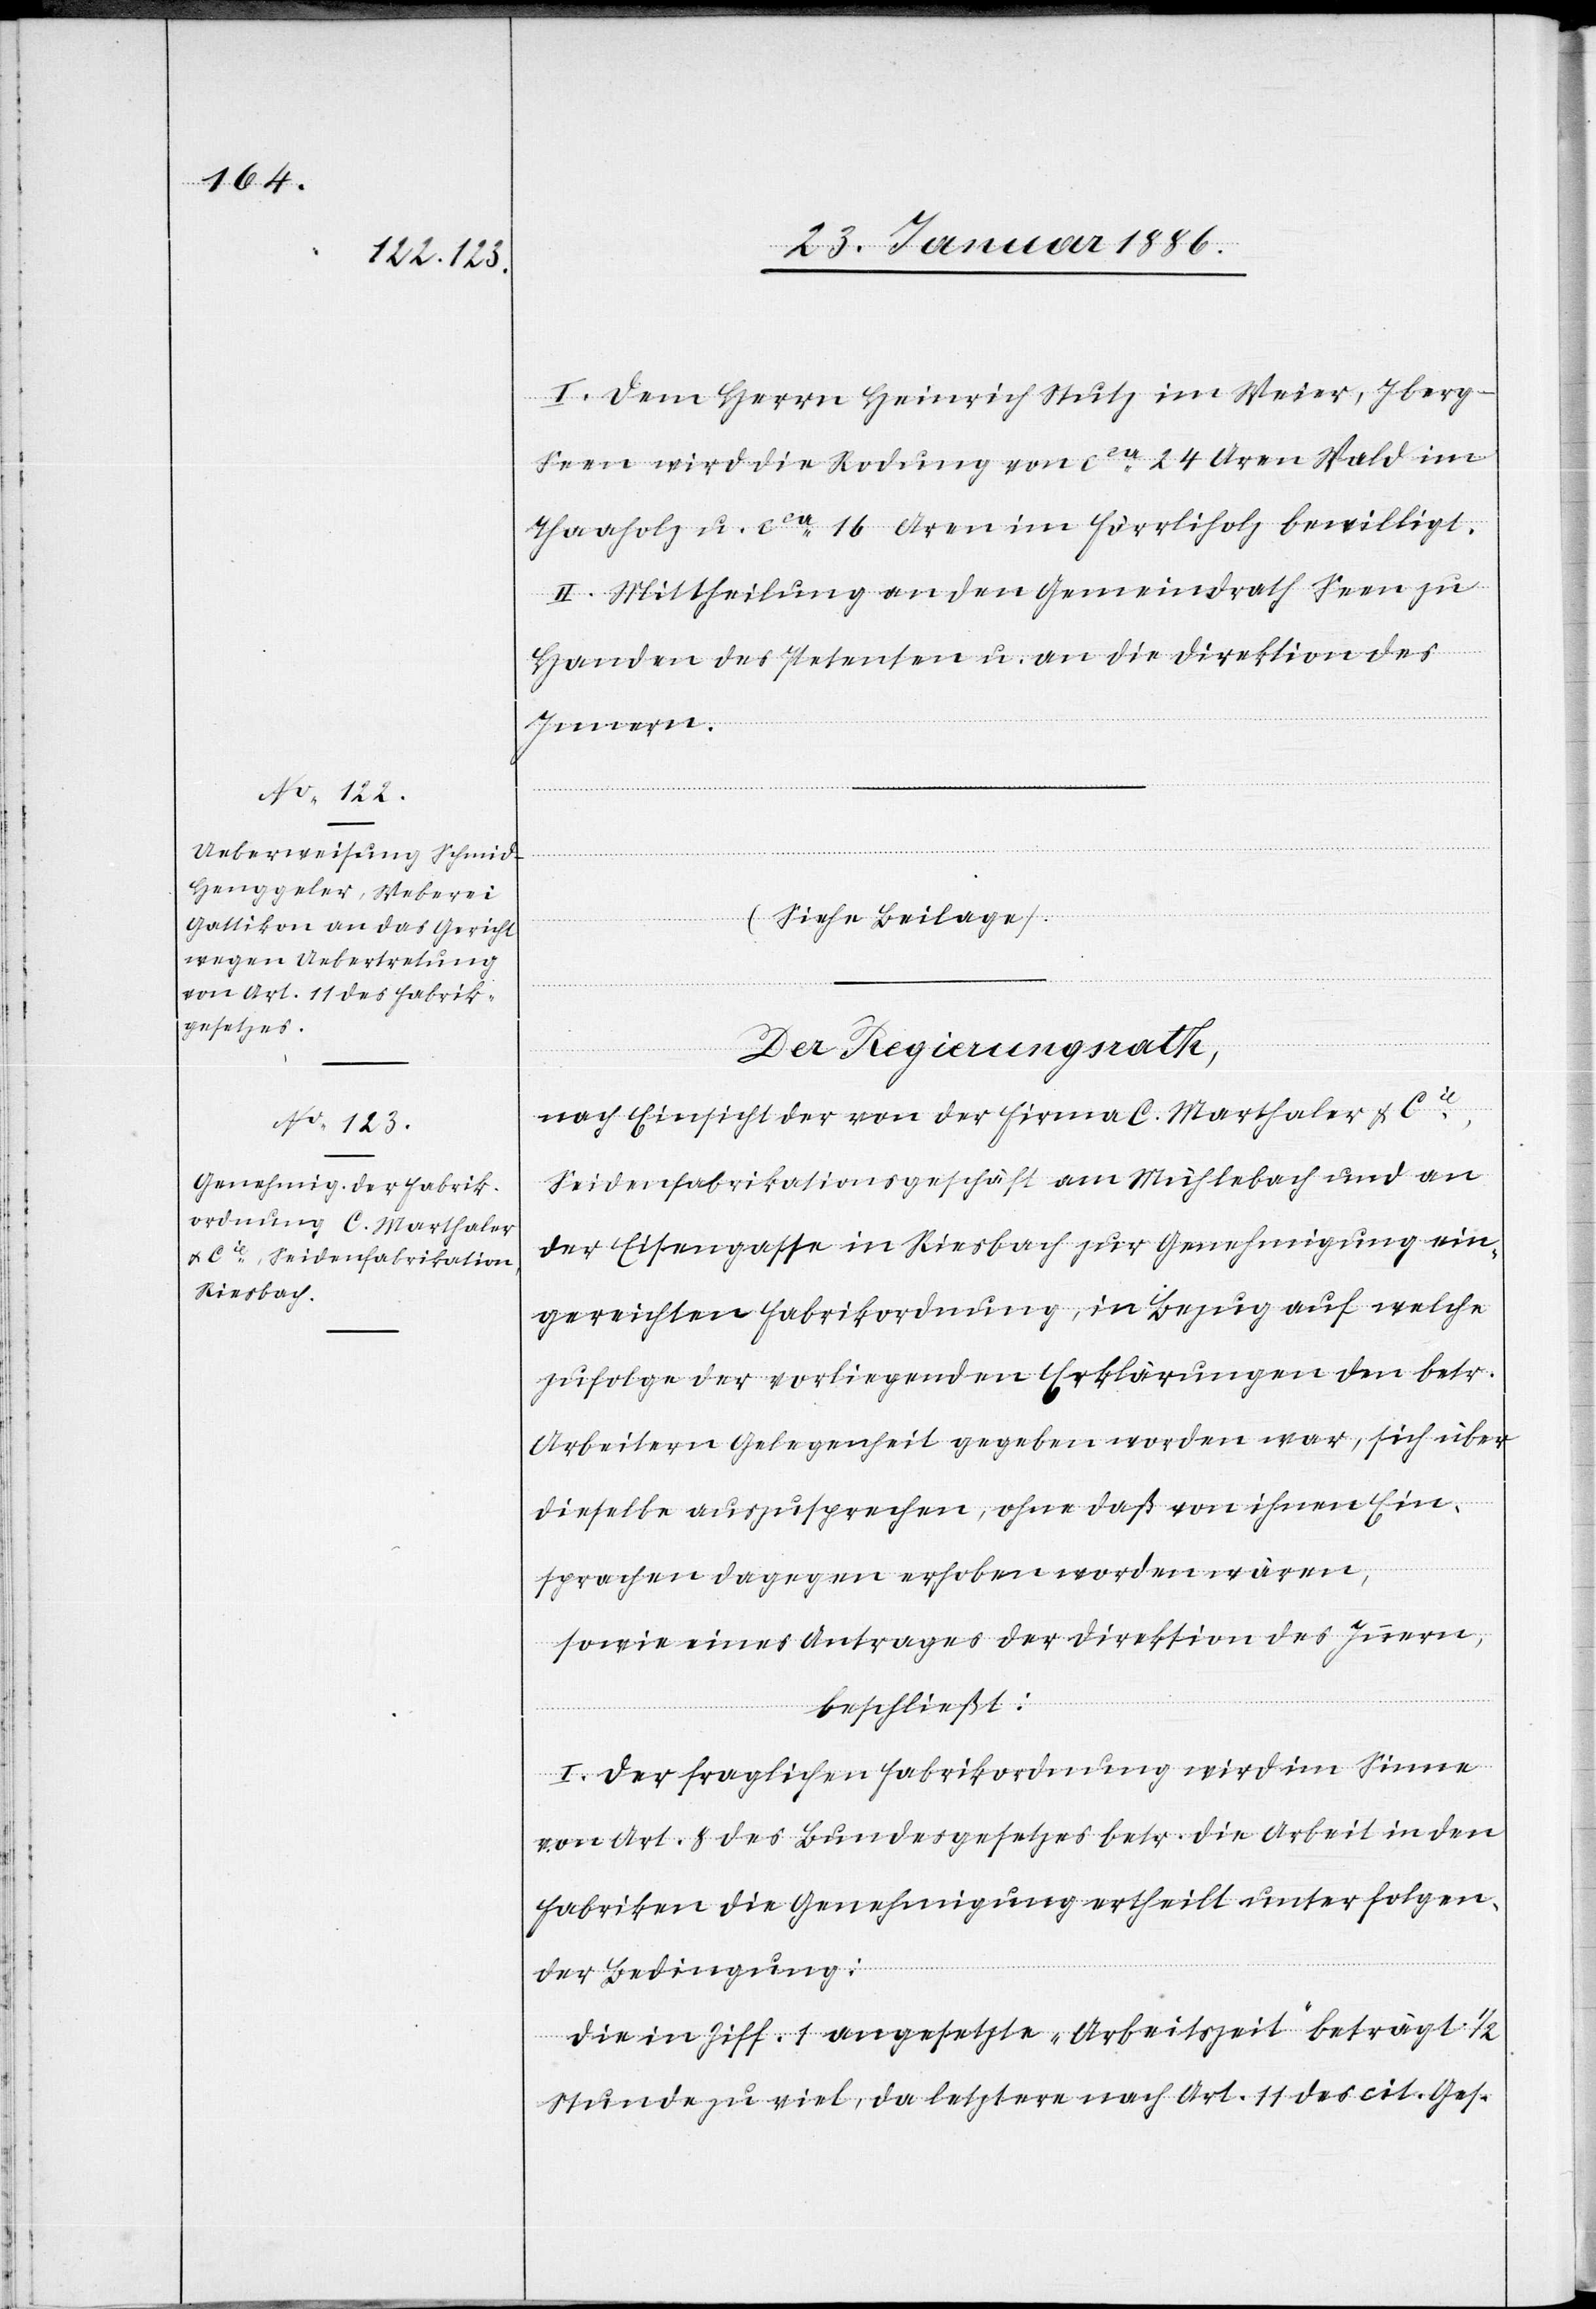
I. Dem Herrn Heinrich Stutz im Weier, Iberg
Seen wird die Rodung von cca 24 Aren Wald im
Thaaholz u. cca 16 Aren im Förrliholz bewilligt.
II. Mittheilung an den Gemeindrath Seen zu
Handen des Petenten u. an die Direktion des
Innern.
Der Regierungsrath,
nach Einsicht der von der Firma C. Marthaler & Cie,
Seidenfabrikationsgeschäft am Mühlebach und an
der Eisengasse in Riesbach zur Genehmigung ein¬
gereichten Fabrikordnung, in Bezug auf welche
zufolge der vorliegenden Erklärungen den betr.
Arbeitern Gelegenheit gegeben worden war, sich über
dieselbe auszusprechen, ohne daß von ihnen Ein¬
sprachen dagegen erhoben worden wären,
sowie eines Antrages der Direktion des Innern,
beschließt:
I. Der fraglichen Fabrikordnung wird im Sinne
von Art. 8 des Bundesgesetzes betr. die Arbeit in den
Fabriken die Genehmigung ertheilt unter folgen¬
der Bedingung:
Die in Ziff. 1 angesetzte „Arbeitszeit“ beträgt 1/2
Stunde zu viel, da letztere nach Art. 11 des cit. Ges-